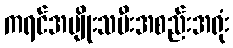
ကရင်အမျိုးသမီးအစည်းအရုံး